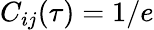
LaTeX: C_{ij}(\tau)=1/e